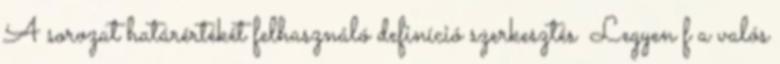
A sorozat határértékét felhasználó definíció szerkesztés Legyen f a valós